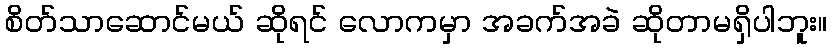
စိတ်သာဆောင်မယ် ဆိုရင် လောကမှာ အခက်အခဲ ဆိုတာမရှိပါဘူး။